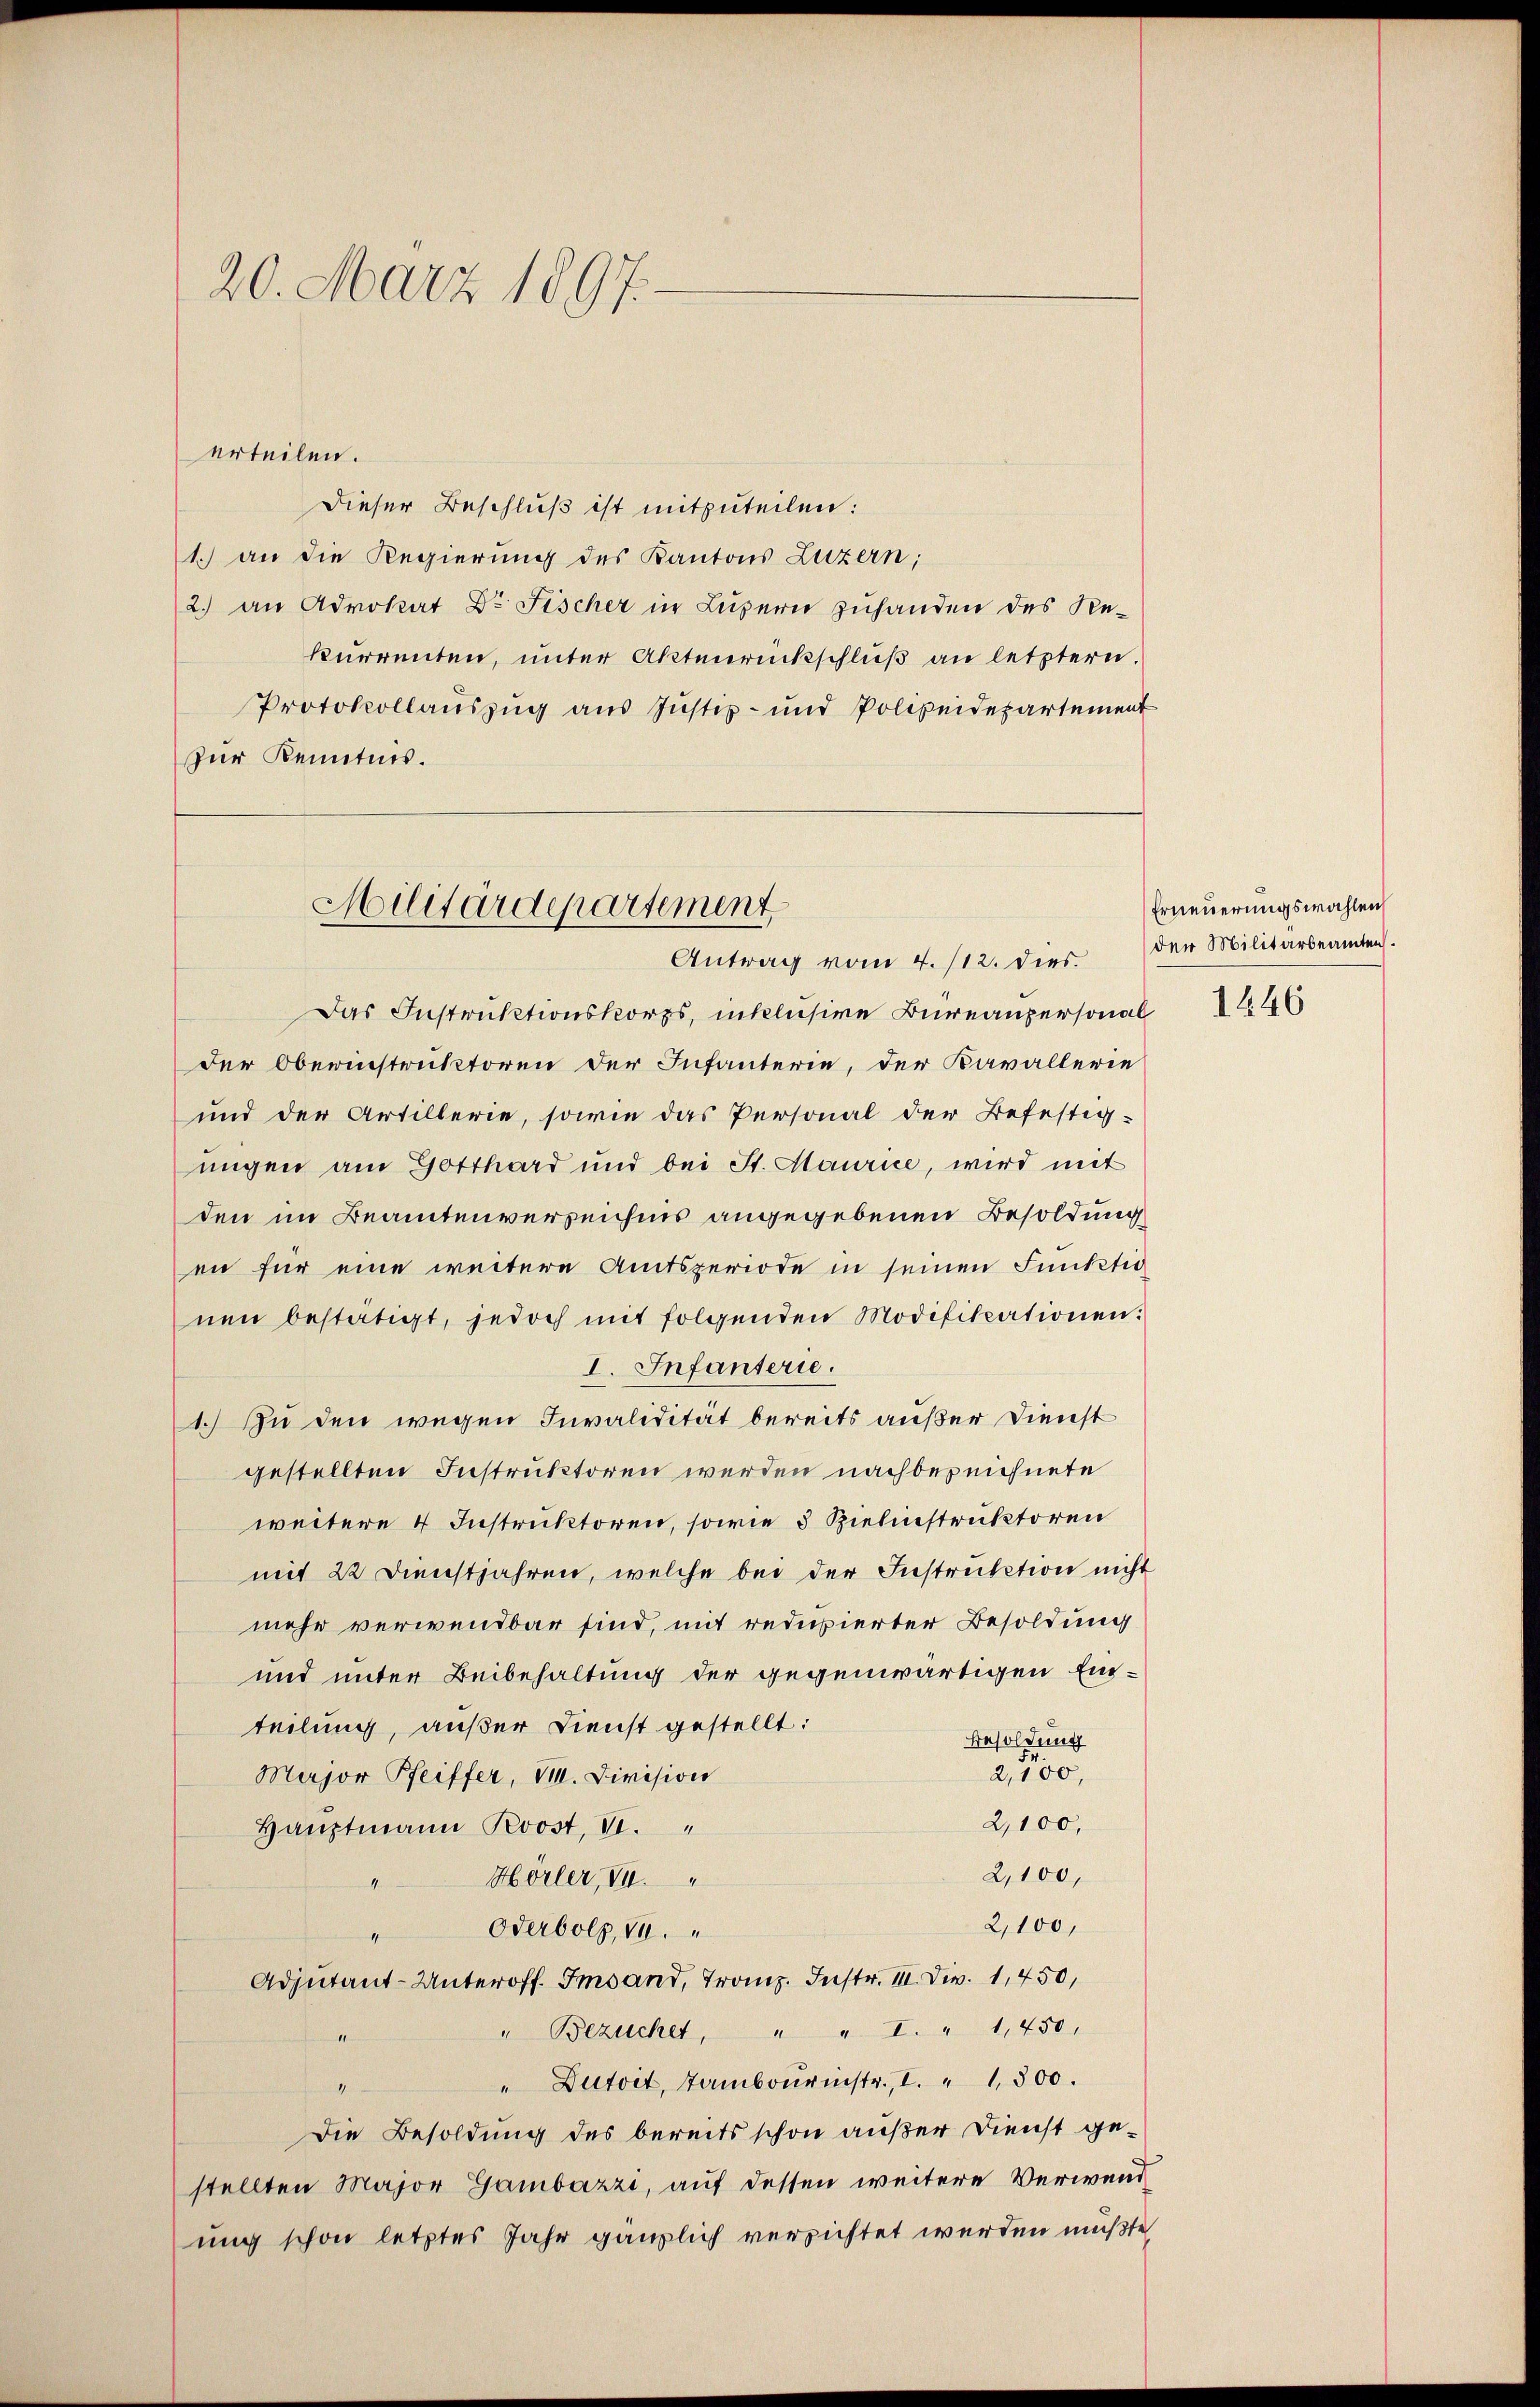
7.
20. März 1891

erteilen.
Dieser Beschluß ist mitzuteilen:
1.) an die Regierung des Kantons Luzern;
2.) an Advokat Dr Fischer in Luzern zuhanden des Rekurrenten, unter Aktenrückschluß an letztern.
Protokollauszug aus Justiz- und Polizeidepartement
zur Kenntnis.

Militärdepartement
Antrag vom 4. /12. dies

Das Instruktionskorps, inklusive Bureaupersonal
der Oberinstruktoren der Infanterie, der Kavallerie
und der Artillerie, sowie das Personal der Befestig-
ungen am Gotthard und bei St. Maurice, wird mit
den im Beamtenverzeichnis angegebenen Besoldung
en für eine weitere Amtsperiode in seinen Funktio
nen bestätigt, jedoch mit folgenden Modifikationen:
I. Infanterie.
1.) Zu den wegen Invalidität bereits außer Dienst
gestellten Instruktoren werden nachbezeichnete
weitere 4 Instruktoren, sowie 3 Zielinstruktoren
mit 22 Dienstjahren, welche bei der Instruction nicht
mehr verwendbar sind, mit reduzierter Besoldung
und unter Beibehaltung der gegenwärtigen Einteilung, außer Dienst gestellt:
Besoldung
2,500,
Major Pfeiffer, V. Division
2,100,
Hauptmann Prevost, VI.
2,100,
Hörler, V.
4
2,100,
Oderbolz, 10.
müssen
Adjutant-Unteroff. Imsand, Franz. Instr. III. Div. 1,450,
" Bezüchet, " " I. " 1,450,
"Dutoit, Tambourinstr., I. " 1500.
4
Die Besoldung des bereits schon außer Dienst gestellten Major Gambazzi, auf dessen weitere Verwend
ung schon letztes Jahr gänzlich versichtet werden müßte

Erneuerungswahlen
der Militärbeamten.

1646